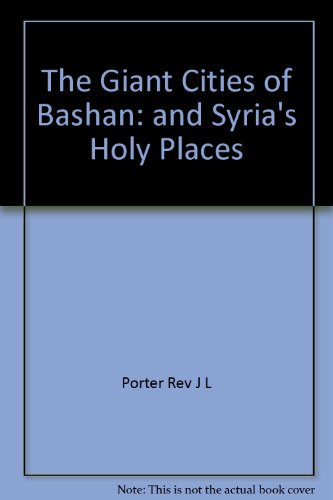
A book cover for The giant cities of Bashan;: And Syria's holy places; J. L Porter; Travel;